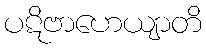
ပဋိဗာဟေယျာတိ